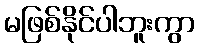
မဖြစ်နိုင်ပါဘူးကွာ